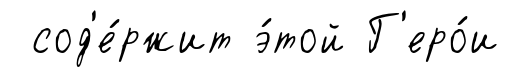
сод'е́ржит э́той Г'еро́и